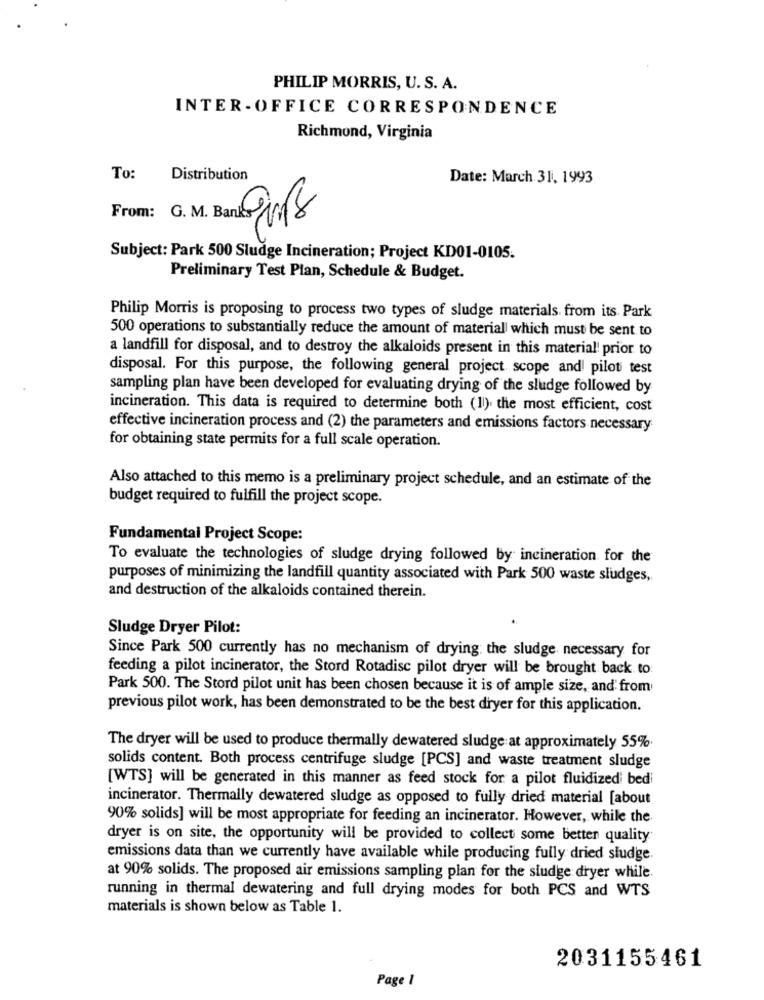
PHILIP MORRIS, U. S. A.
INTER - OFFICE CORRESPONDENCE
Richmond, Virginia
To:
Distribution
Date: March 31, 1993
From :
Subject: Park 500 Sludge Incineration; Project KD01-0105.
Preliminary Test Plan, Schedule & Budget.
Philip Morris is proposing to process two types of sludge materials from its Park
500 operations to substantially reduce the amount of material which must be sent to
a landfill for disposal, and to destroy the alkaloids present in this material! prior to
disposal. For this purpose, the following general project scope and! pilot test
sampling plan have been developed for evaluating drying of the sludge followed by
incineration. This data is required to determine both (11). the most efficient, cost
effective incineration process and (2) the parameters and emissions factors necessary
for obtaining state permits for a full scale operation.
Also attached to this memo is a preliminary project schedule, and an estimate of the
budget required to fulfill the project scope.
Fundamental Project Scope:
To evaluate the technologies of sludge drying followed by incineration for the
purposes of minimizing the landfill quantity associated with Park 500 waste sludges,
and destruction of the alkaloids contained therein.
Sludge Dryer Pilot:
Since Park 500 currently has no mechanism of drying the sludge necessary for
feeding a pilot incinerator, the Stord Rotadisc pilot dryer will be brought back to:
Park 500. The Stord pilot unit has been chosen because it is of ample size, and' from
previous pilot work, has been demonstrated to be the best dryer for this application.
The dryer will be used to produce thermally dewatered sludge at approximately 55%.
solids content. Both process centrifuge sludge [PCS] and waste treatment sludge
[WTS] will be generated in this manner as feed stock for a pilot fluidized bed
incinerator. Thermally dewatered sludge as opposed to fully dried material [about
90% solids] will be most appropriate for feeding an incinerator. However, while the
dryer is on site, the opportunity will be provided to collect some better quality
emissions data than we currently have available while producing fully dried sludge
at 90% solids. The proposed air emissions sampling plan for the sludge dryer while.
running in thermal dewatering and full drying modes for both PCS and WTS
materials is shown below as Table 1.
2031155461
Page 1